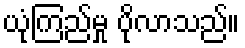
ယုံကြည်မှု ပိုလာသည်။